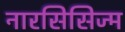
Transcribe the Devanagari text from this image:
नारसिसिज्म